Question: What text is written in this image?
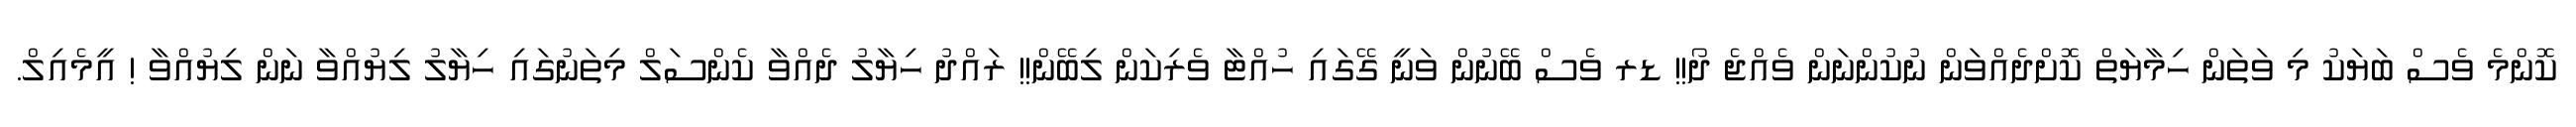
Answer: ކޮންމެ ވެސް ބަޔަކު މި ވަތަން ހިމާޔަތް ކޮށްދެއްވަން ނުކުންނަން ވެއްޖެ ދޯ!! ޑރ ވެސް ބޭނުން ވަނީ ގޭގައި ހުއްޓާ ވެރިކަން ލިބޭން!! ރައްދު ހިޔާލު ދެއްވާ ކެންސަލް މިތަނުގައި ހިޔާލު ލިޔުއްވާ ނަން ލިޔުއްވާ ! އީމެއިލް.